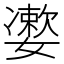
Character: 𡣂